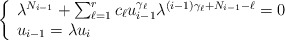
\begin{align*}\left\{\begin{array}{l}\lambda^{N_{i-1}}+\sum_{\ell=1}^{r} c_\ell u_{i-1}^{\gamma_\ell}\lambda^{(i-1)\gamma_\ell+N_{i-1}-\ell}=0 \\u_{i-1}=\lambda u_{i}\end{array}\right.\end{align*}